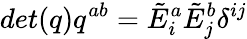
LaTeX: det(q)q^{ab}={\tilde{E}}_{i}^{a}{\tilde{E}}_{j}^{b}\delta^{ij}